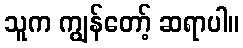
သူက ကျွန်တော့် ဆရာပါ။